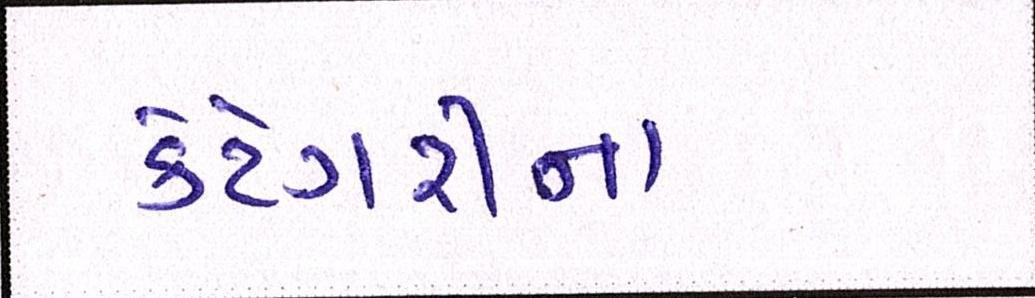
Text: કેટેગરીના